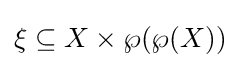
\xi \subseteq X\times \wp (\wp (X))